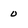
Character: 0